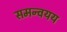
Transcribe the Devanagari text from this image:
समन्वयय